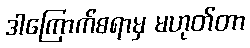
ဒါကြောက်စရာမှ မဟုတ်တာ